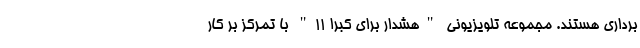
برداری هستند. مجموعه تلویزیونی "هشدار برای کبرا 11" با تمرکز بر کار